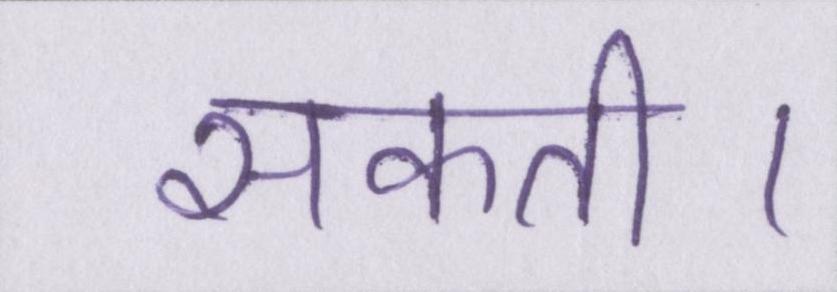
सकती।